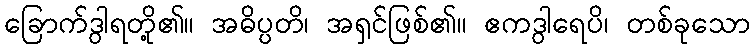
ခြောက်ဒွါရတို့၏။ အဓိပ္ပတိ၊ အရှင်ဖြစ်၏။ ဧကဒွါရေပိ၊ တစ်ခုသော